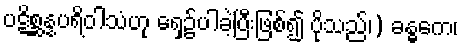
ပဋိစ္ဆန္နပရိဝါသံဟု ရှေ့၌ပါခဲ့ပြီးဖြစ်၍ ပိုသည်၊) ခန္ဓကေ၊